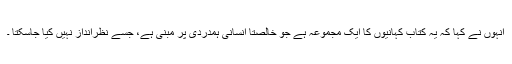
انہوں نے کہا کہ یہ کتاب کہانیوں کا ایک مجموعہ ہے جو خالصتا انسانی ہمدردی پر مبنی ہے، جسے نظرانداز نہیں کیا جاسکتا ۔